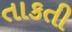
તાકતી